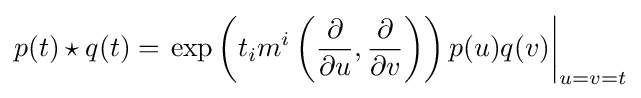
p(t)\star q(t)=\left.\exp \left(t_{i}m^{i}\left({\frac {\partial }{\partial u}},{\frac {\partial }{\partial v}}\right)\right)p(u)q(v)\right\vert _{u=v=t}